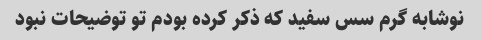
نوشابه گرم سس سفید که ذکر کرده بودم تو توضیحات نبود